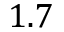
1 . 7